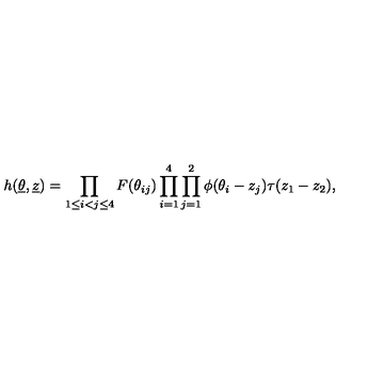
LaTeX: h ( \underline { { \theta } } , { \underline { { z } } } ) = \prod _ { 1 \le i < j \le 4 } F ( \theta _ { i j } ) \prod _ { i = 1 } ^ { 4 } \prod _ { j = 1 } ^ { 2 } \phi ( \theta _ { i } - z _ { j } ) \tau ( z _ { 1 } - z _ { 2 } ) ,